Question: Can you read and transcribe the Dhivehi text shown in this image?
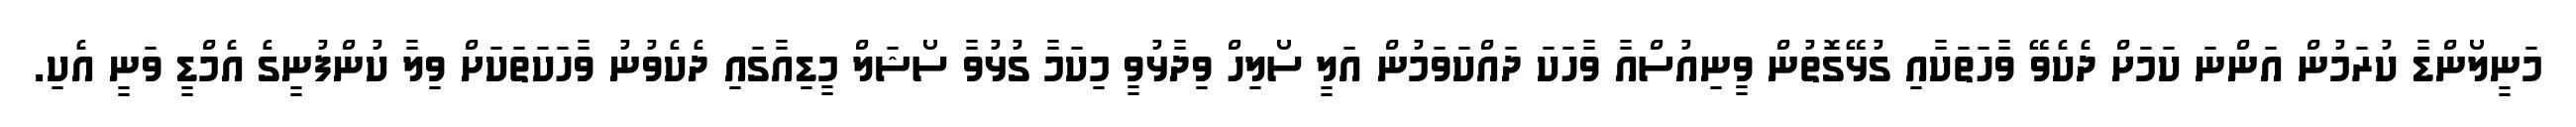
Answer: މަނީލޯންޑާ ކުރަމުން އަންނަ ކަމަށް ދެކެވޭ ވާހަތަކާއި ގުޅޭގޮތުން ވީނިއުސްއާ ވާހަކަ ދައްކަވަމުން އަލީ ސޯލިހް ވިދާޅުވީ މިކަމާ ގުޅުވާ ސޯޝަލް މީޑިއާގައި ދެކެވުނު ވާހަކަތަކަށް ވިލާ ކުންފުނީގެ އެމްޑީ ވަނީ އެކި.